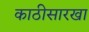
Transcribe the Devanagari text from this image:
काठीसारखा